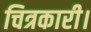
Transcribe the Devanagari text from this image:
चित्रकारी।